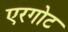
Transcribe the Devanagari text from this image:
एरगोट